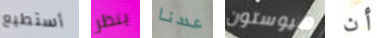
أستطيع ينظر عددنا هيوستون أن